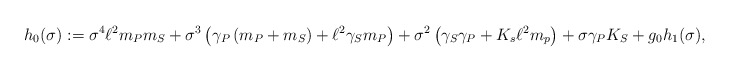
\begin{align*}h_0(\sigma) := \sigma^4 \ell^2 m_P m_S + \sigma^3\left( \gamma_P \left( m_P + m_S \right) + \ell^2 \gamma_S m_P \right)+ \sigma^2 \left( \gamma_S \gamma_P + K_s \ell^2 m_p \right)+ \sigma \gamma_P K_S +g_0 h_1(\sigma),\end{align*}